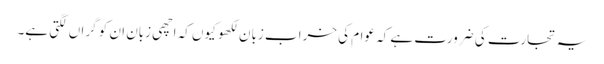
یہ تجارت کی ضرورت ہے کہ عوام کی خراب زبان لکھو کیوں کہ اچھی زبان ان کو گراں لگتی ہے۔